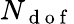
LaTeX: N_{\mathrm{~d~o~f~}}